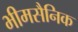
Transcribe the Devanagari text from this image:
भीमसैनिक